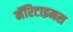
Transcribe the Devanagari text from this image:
मॅरिटाइमस